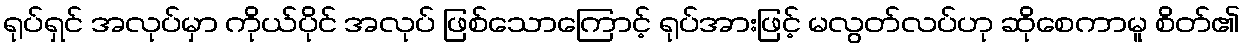
ရုပ်ရှင် အလုပ်မှာ ကိုယ်ပိုင် အလုပ် ဖြစ်သောကြောင့် ရုပ်အားဖြင့် မလွတ်လပ်ဟု ဆိုစေကာမူ စိတ်၏